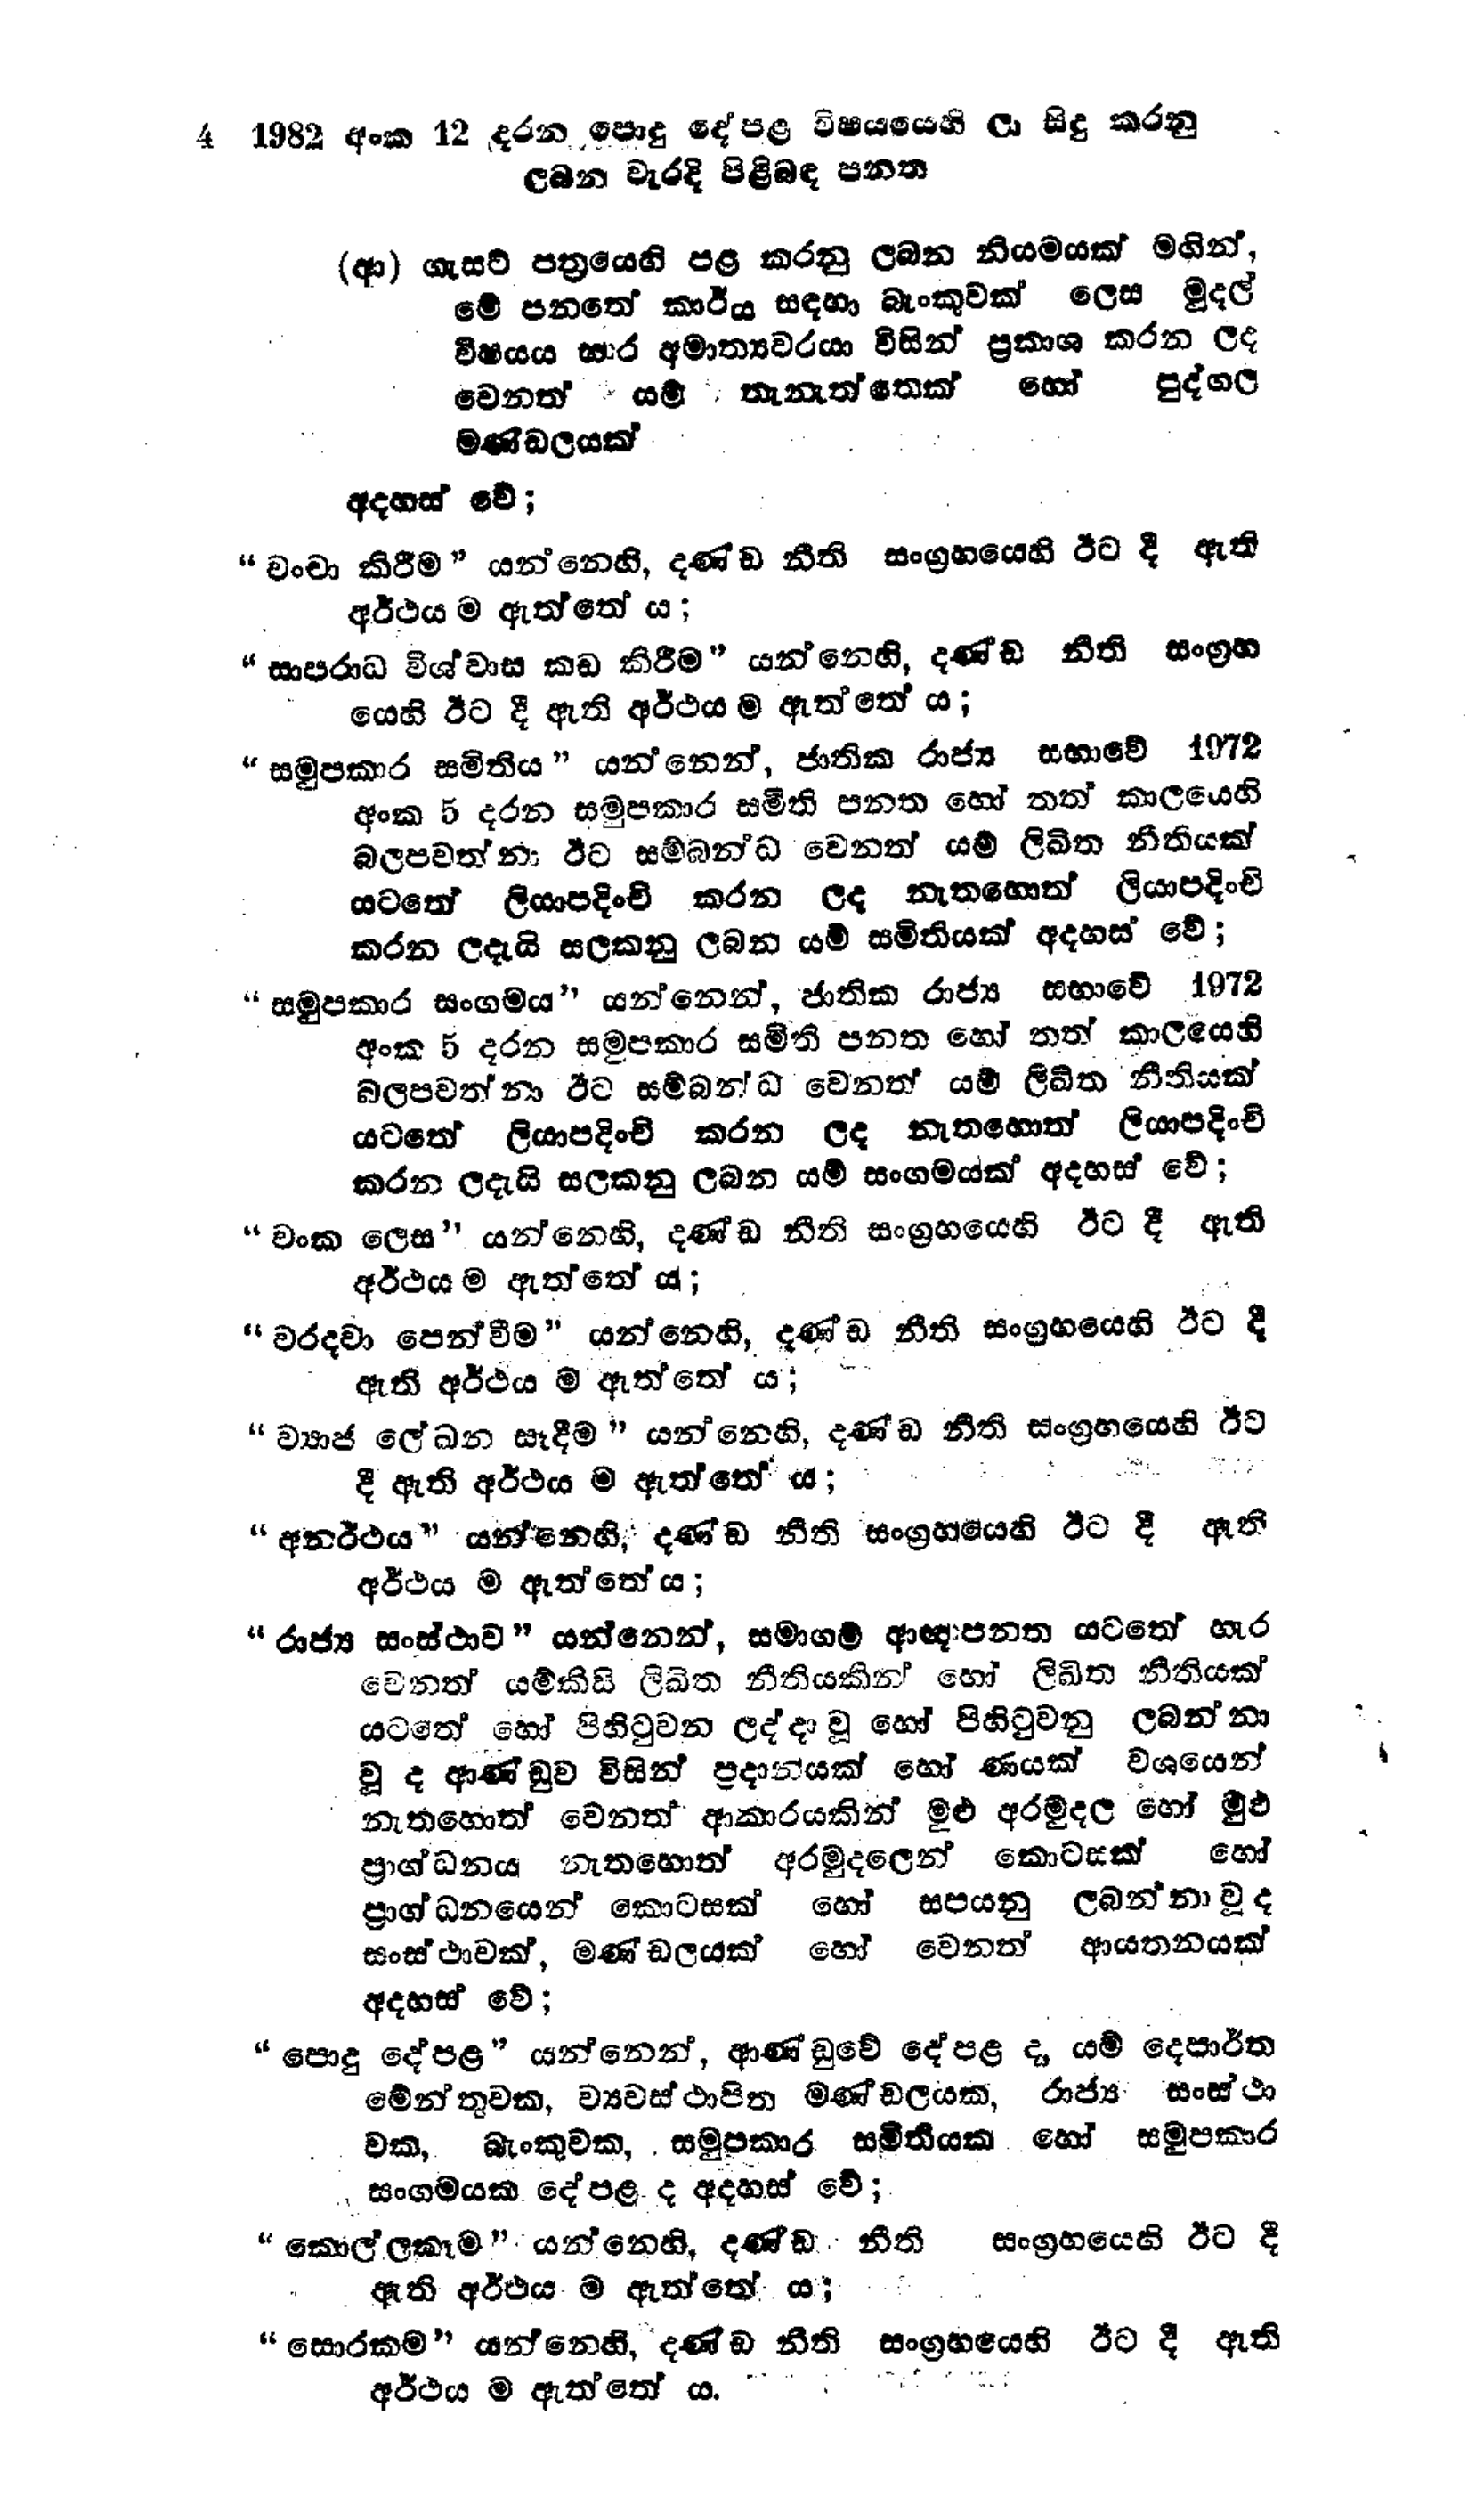
4 1982 අංක 12 දරන පොදු දේපළ විෂයයෙහි ලා සිදු කරනු
ලබන වැරදි පිළිබඳ පනත

(ආ) ගැසට් පත්‍රයෙහි පළ කරනු ලබන නියමයක් මගින්,
මේ පනතේ කාර්ය සඳහා බැංකුවක් ලෙස මුදල්
විෂයය භාර අමාත්‍යවරයා විසින් ප්‍රකාශ කරන ලද
වෙනත් යම් තැනැත්තෙක් හෝ පුද්ගල
මණ්ඩලයක්
අදහස් වේ;

"වංචා කිරීම " යන්නෙහි, දණ්ඩ නීති සංග්‍රහයෙහි ඊට දී ඇති
අර්ථය ම ඇත්තේ ය;

"සාපරාධ විශ්වාස කඩ කිරීම " යන්නෙහි, දණ්ඩ නීති සංග්‍රහ
යෙහි ඊට දී ඇති අර්ථය ම ඇත්තේ ය;

"සමුපකාර සමිතිය" යන්නෙන්, ජාතික රාජ්‍ය සභාවේ 1972
අංක 5 දරන සමුපකාර සමිති පනත හෝ තත් කාලයෙහි
බලපවත්නා ඊට සම්බන්ධ වෙනත් යම් ලිඛිත නීතියක්
යටතේ ලියාපදිංචි කරන ලද නැතහොත් ලියාපදිංචි
කරන ලදැයි සලකනු ලබන යම් සමිතියක් අදහස් වේ;

"සමුපකාර සංගමය " යන්නෙන්, ජාතික රාජ්‍ය සභාවේ 1972
අංක 5 දරන සමුපකාර සමිති පනත හෝ තත් කාලයෙහි
බලපවත්නා ඊට සම්බන්ධ වෙනත් යම් ලිඛිත නීතියක්
යටතේ ලියාපදිංචි කරන ලද නැතහොත් ලියාපදිංචි
කරන ලදැයි සලකනු ලබන යම් සංගමයක් අදහස් වේ;

"වංක ලෙස " යන්නෙහි, දණ්ඩ නීති සංග්‍රහයෙහි ඊට දී ඇති
අර්ථය ම ඇත්තේ ය;

"වරදවා පෙන්වීම " යන්නෙහි, දණ්ඩ නීති සංග්‍රහයෙහි ඊට දී
ඇති අර්ථය ම ඇත්තේ ය;

"ව්‍යාජ ලේඛන සෑදීම " යන්නෙහි, දණ්ඩ නීති සංග්‍රහයෙහි ඊට
දී ඇති අර්ථය ම ඇත්තේ ය;

"අනර්ථය " යන්නෙහි, දණ්ඩ නීති සංග්‍රහයෙහි ඊට දී ඇති
අර්ථය ම ඇත්තේය;

"රාජ්‍ය සංස්ථාව " යන්නෙන්, සමාගම් ආඥාපනත යටතේ හැර
වෙනත් යම්කිසි ලිඛිත නීතියකින් හෝ ලිඛිත නීතියක්
යටතේ හෝ පිහිටුවන ලද්දා වූ හෝ පිහිටුවනු ලබන්නා
වූ ද ආණ්ඩුව විසින් ප්‍රදානයක් හෝ ණයක් වශයෙන්
නැතහොත් වෙනත් ආකාරයකින් මුළු අරමුදල හෝ මුළු
ප්‍රාග්ධනය නැතහොත් අරමුදලෙන් කොටසක් හෝ
ප්‍රාග්ධනයෙන් කොටසක් හෝ සපයනු ලබන්නා වූ ද
සංස්ථාවක්, මණ්ඩලයක් හෝ වෙනත් ආයතනයක්
අදහස් වේ;

"පොදු දේපළ ” යන්නෙන්, ආණ්ඩුවේ දේපළ ද, යම් දෙපාර්ත
මේන්තුවක, ව්‍යවස්ථාපිත මණ්ඩලයක, රාජ්‍ය සංස්ථා
වක, බැංකුවක, සමුපකාර සමිතියක හෝ සමුපකාර
සංගමයක දේපළ ද අදහස් වේ;

"කොල්ලකෑම " යන්නෙහි, දණ්ඩ නීති සංග්‍රහයෙහි ඊට දී
ඇති අර්ථය ම ඇත්තේ ය;

"සොරකම " යන්නෙහි, දණ්ඩ නීති සංග්‍රහයෙහි ඊට දී ඇති
අර්ථය ම ඇත්තේ ය.